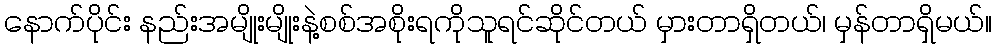
နောက်ပိုင်း နည်းအမျိုးမျိုးနဲ့စစ်အစိုးရကိုသူရင်ဆိုင်တယ် မှားတာရှိတယ်၊ မှန်တာရှိမယ်။